Burma Government Medical School reports 1923-41
Year: 1923
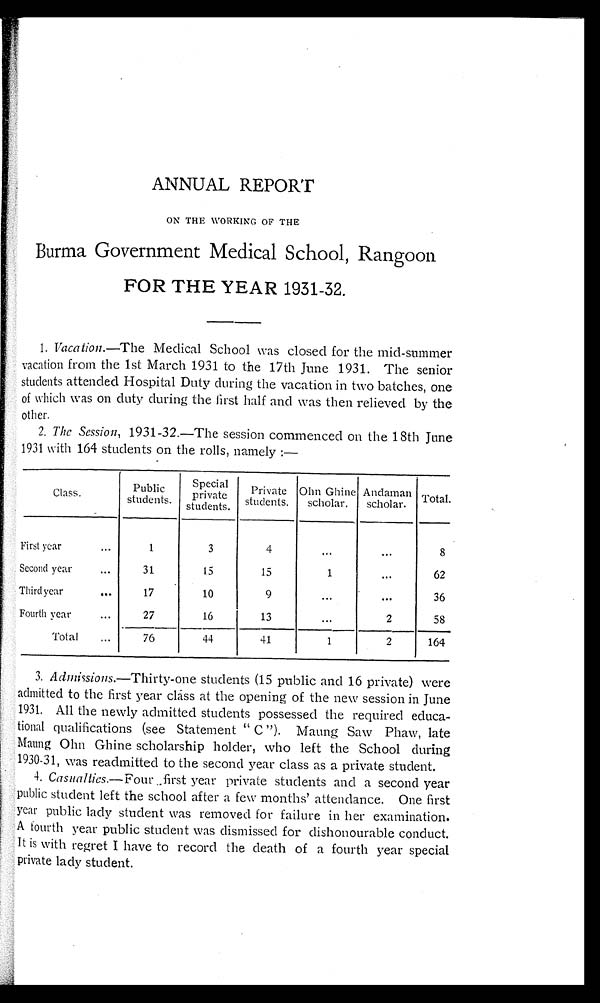
ANNUAL REPORT
ON THE WORKING OF THE
Burma Government Medical School, Rangoon
FOR THE YEAR 1931-32.
1. Vacation. —The Medical School was closed for the mid-summer
vacation from the 1st March 1931 to the 17th June 1931. The senior
students attended Hospital Duty during the vacation in two batches, one
of which was on duty during the first half and was then relieved by the
other.
2. The Session, 1931-32.—The session commenced on the 18th June
1931 with 164 students on the rolls, namely :—
Class.
P u b l i c
students.
Special
private
students .
Private
students.
Ohn Ghine
scholar.
Andaman
scholar.
Total.
First year . . .
1
3
4
. . .
. . .
8
Second year . . .
31
15
15
1
. . .
62
Third year . . .
17
10
9 .
. . .
. . .
36
Fourth year . . .
2 7
16
13
. . .
2
58
Total . . .
76
44
41
1
2
164
3.A d m i s s i o n s .—
T h i r t y - o n e s t u d e n t s ( 1 5 p u b l i c a n d 1 6 p r i v a t e ) w e r e
admitted to the first year class at the opening of the new session in June
1931. All the newly admitted students possessed the required educa--
tional qualifications (see Statement " C "). Maung Saw Phaw, late
Maung Ohn Ghine scholarship holder, who left the School during
1930-31, was readmitted to the second year class as a private student.
4.C a s u a 1 t i e s .—
F o u r f i r s t y e a r p r i v a t e s t u d e n t s a n d a s e c o n d y e a r
public student left the school after a few months' attendance. One first
year public lady student was removed for failure in her examination.
A fourth year public student was dismissed for dishonourable conduct.
It is with regret I have to record the death of a fourth year special
private lady student.